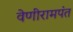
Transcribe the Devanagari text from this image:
वेणीरामपंत